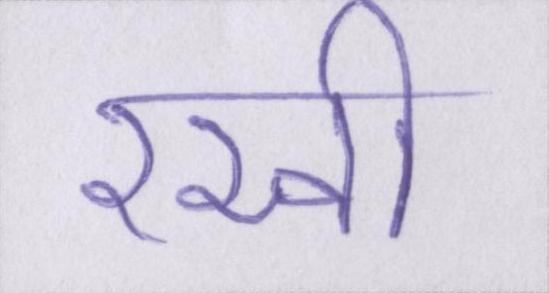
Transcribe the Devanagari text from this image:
रखी